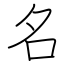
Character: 名